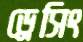
ড্রেসিং